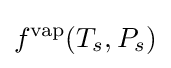
f^{\text{vap}}(T_{s},P_{s})